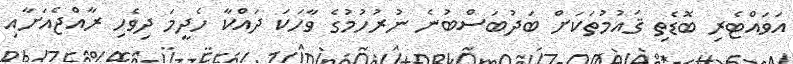
އަވައްޓެރި ބޮޑެތި ޤައުމުތަކަށް ބަދުބަސްބުނެ ނުރުހުމުގެ ވާހަކަ ދައްކާ ހެދީމަ ދިވެހި ރާއްޖެއަށާއި